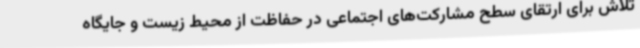
تلاش برای ارتقای سطح مشارکت‌های اجتماعی در حفاظت از محیط زیست و جایگاه